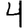
Digit: 4